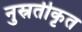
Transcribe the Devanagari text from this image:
नुस्रतीकृत